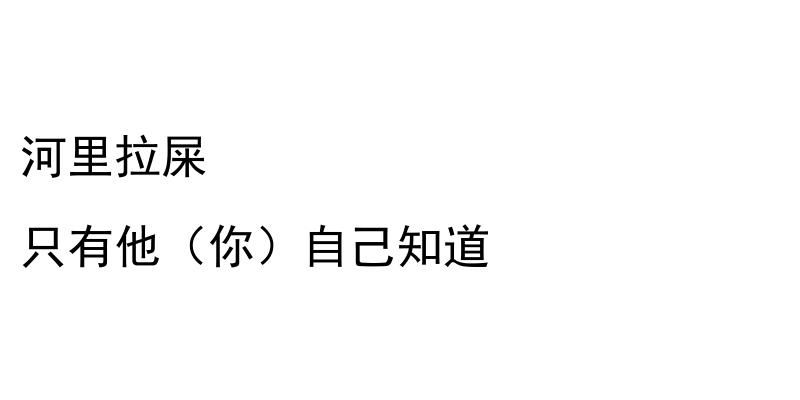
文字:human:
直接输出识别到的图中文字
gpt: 河里拉屎 只有他（你）自己知道